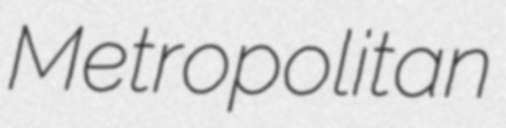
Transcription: Metropolitan